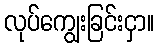
လုပ်ကျွေးခြင်းငှာ။